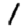
Digit: 1